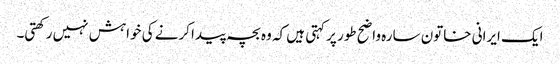
ایک ایرانی خاتون سارہ واضح طور پر کہتی ہیں کہ وہ بچہ پیدا کرنے کی خواہش نہیں رکھتی۔